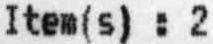
ITEM(S) : 2